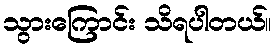
သွားကြောင်း သိရပါတယ်။